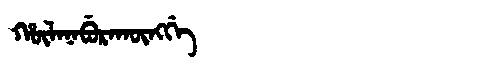
Manchu: ᡥᡡᠯᠠᠨᠠᠪᡠᡵᠠᡴᡡᠩᡤᡝ
Romanization: HŪLANABURAKŪNGGE